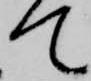
て